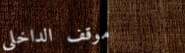
موقف الداخلي